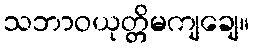
သဘာဝယုတ္တိမကျချေ။